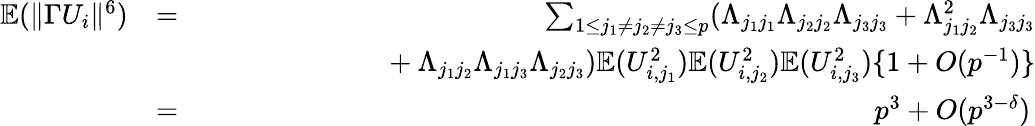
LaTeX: \begin{array}{rlr}{{\mathbb{E}}(\| \Gamma U_{i}\| ^{6})}&{=}&{\sum_{1\leq j_{1}\neq j_{2}\neq j_{3}\leq p}(\Lambda_{j_{1}j_{1}}\Lambda_{j_{2}j_{2}}\Lambda_{j_{3}j_{3}}+\Lambda_{j_{1}j_{2}}^{2}\Lambda_{j_{3}j_{3}}}\\ &{}&{~~~~~~~~~~~~~~~~~~~~~~~~~+\Lambda_{j_{1}j_{2}}\Lambda_{j_{1}j_{3}}\Lambda_{j_{2}j_{3}}){\mathbb{E}}(U_{i,j_{1}}^{2}){\mathbb{E}}(U_{i,j_{2}}^{2}){\mathbb{E}}(U_{i,j_{3}}^{2})\{ 1+O(p^{-1})\} }\\ &{=}&{p^{3}+O(p^{3-\delta})\, }\end{array}